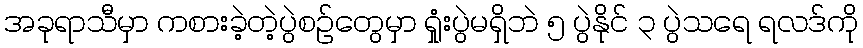
အခုရာသီမှာ ကစားခဲ့တဲ့ပွဲစဉ်တွေမှာ ရှုံးပွဲမရှိဘဲ ၅ ပွဲနိုင် ၃ ပွဲသရေ ရလဒ်ကို